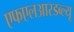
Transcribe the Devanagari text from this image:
एफएलआरडब्ल्यू